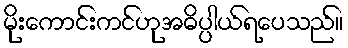
မိုးကောင်းကင်ဟုအဓိပ္ပါယ်ရပေသည်။